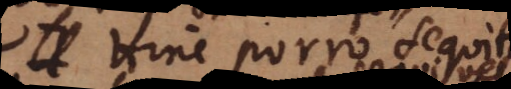
Hinc porro sequitur